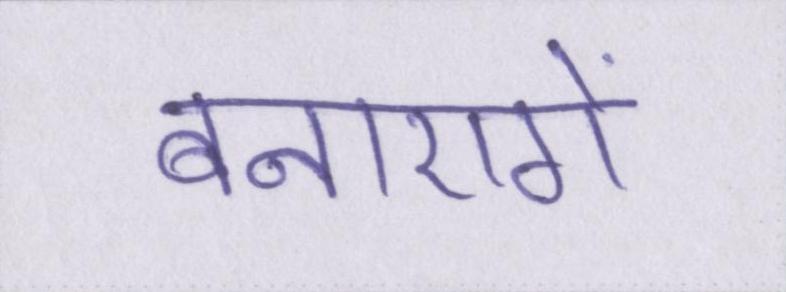
बनाएगें